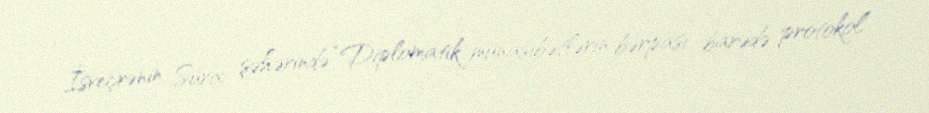
İsveçrənin Sürix şəhərində “Diplomatik münasibətlərin bərpası barədə protokol”